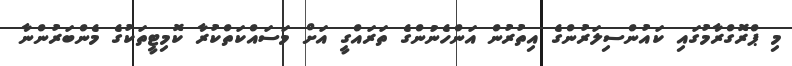
މި ޕްރޮގްރާމުގައި ކައުންސިލަރުންގެ އިތުރުން އަންހެނުންގެ ތަރައްގީ އަށް މަސައްކަތްކުރާ ކޮމިޓީތަކުގެ މެންބަރުންނާ